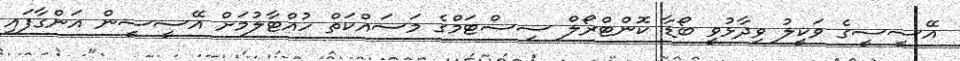
އޭސީސީގެ ވަކީލު ވިދާޅުވީ ބޯޑާ ކޮންޓްރޯލް ސިސްޓަމްގެ މަސައްކަތް ހުއްޓާލުމަށް އޭސީސީން އަންގާފައި